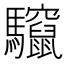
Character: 𮪠